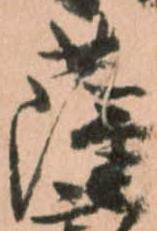
薩